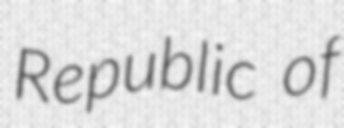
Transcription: Republic of